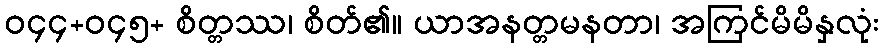
ဝ၄၄+ဝ၄၅+ စိတ္တဿ၊ စိတ်၏။ ယာအနတ္တမနတာ၊ အကြင်မိမိနှလုံး